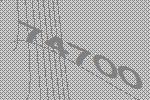
74700